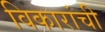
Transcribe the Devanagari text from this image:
विकारांची